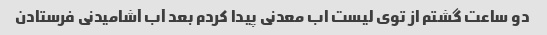
دو ساعت گشتم از توی لیست اب معدنی پیدا کردم بعد آب آشامیدنی فرستادن